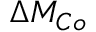
\Delta M _ { C o }